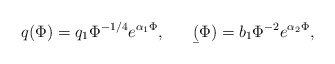
\begin{align*}q(\Phi) = q_1 \Phi^{-1/4} e^{\alpha_1 \Phi}, \ \ \ \ \ \b(\Phi)= b_1 \Phi^{-2} e^{\alpha_2 \Phi},\end{align*}